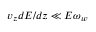
v _ { z } d E / d z \ll E \omega _ { w }